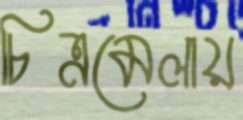
চিত্রমেলায়